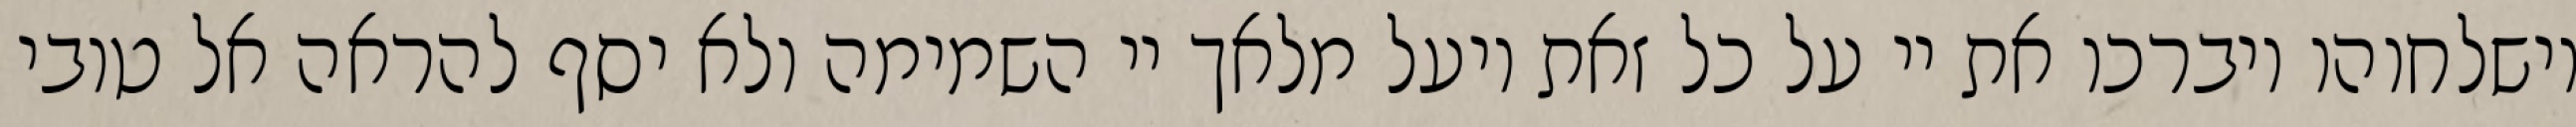
וישלחוהו ויברכו את יי על כל זאת ויעל מלאך יי השמימה ולא יסף להראה אל טובי